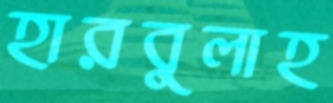
হারবুলাহ